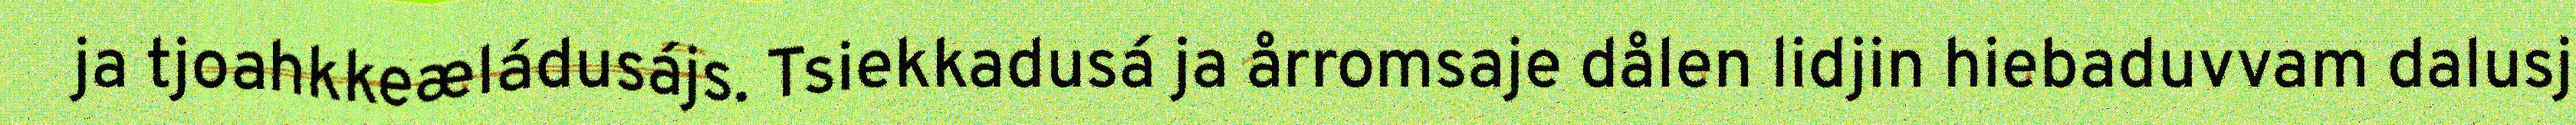
ja tjoahkkeæládusájs. Tsiekkadusá ja årromsaje dålen lidjin hiebaduvvam dalusj